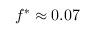
f ^ { \ast } \approx 0 . 0 7